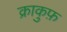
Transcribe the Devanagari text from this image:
क्राकुफ़